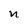
Character: n